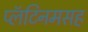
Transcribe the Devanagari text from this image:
प्लॅटिनमसह